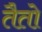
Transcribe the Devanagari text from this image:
तैतो